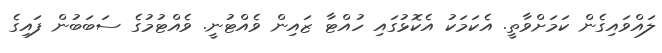
ލައްވައިގެން ކަމަށްވާތީ. އެކަމަކު އެކޮޅުގައި ހުއްޓާ ޒައިން ވެއްޓުނީ. ވެއްޓުމުގެ ސަބަބުން ފައިގެ